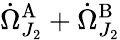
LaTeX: \dot{\Omega}_{J_{2}}^{\mathrm{A}}+\dot{\Omega}_{J_{2}}^{\mathrm{B}}